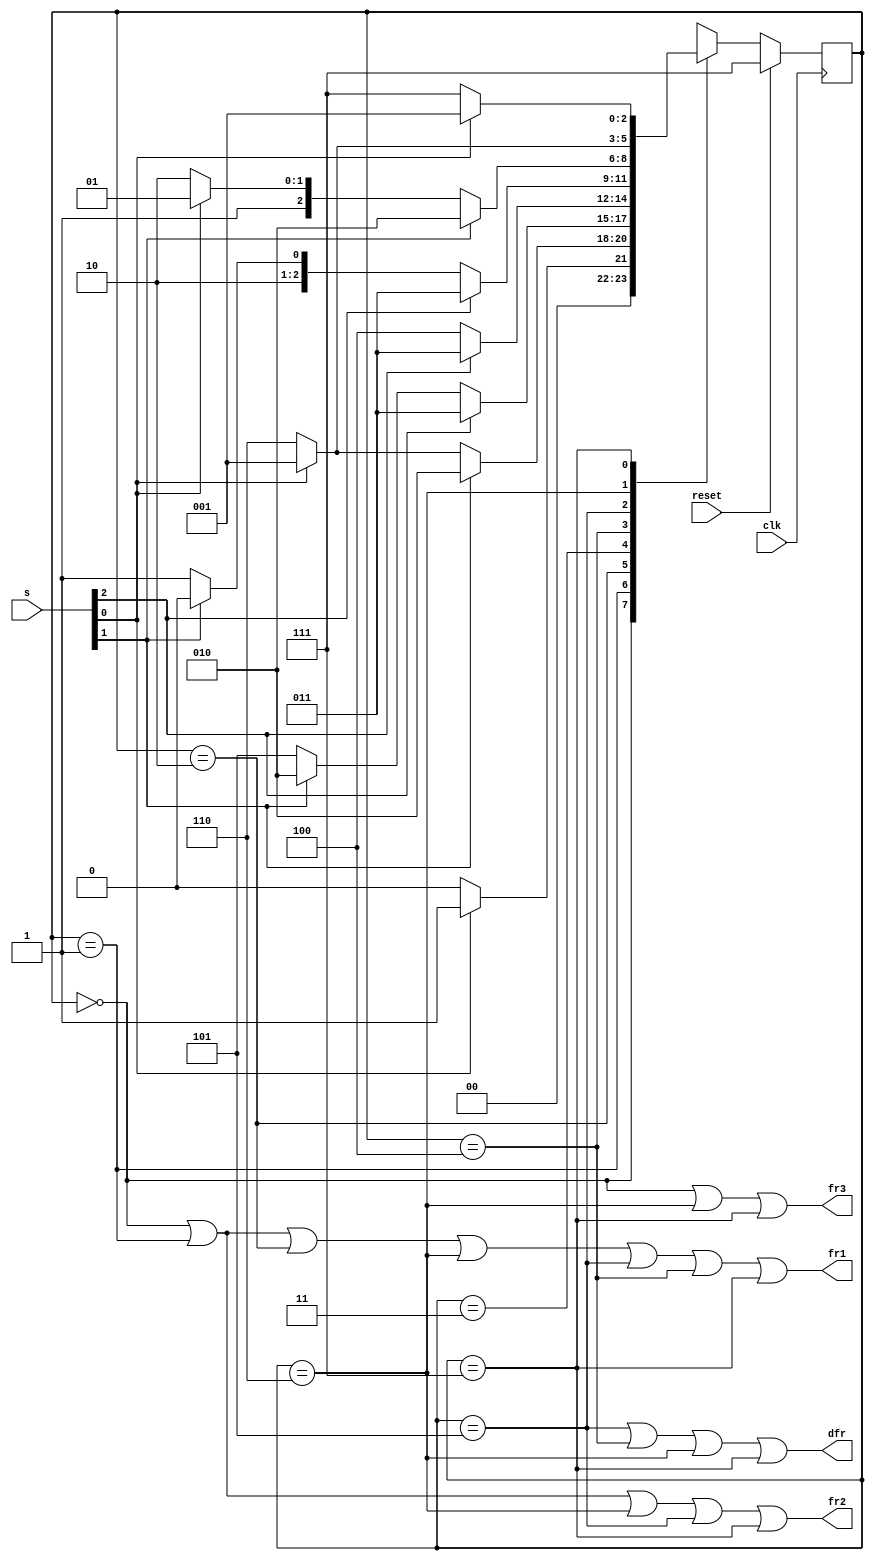
module top_module (
    input clk,
    input reset,
    input [3:1] s,
    output fr3,
    output fr2,
    output fr1,
    output dfr
); 
    
    parameter BL1 = 3'd0;
    parameter BTW12 = 3'd1;
    parameter BTW23 = 3'd2;
    parameter ABV3 = 2'd3;
    parameter BTW23_DOWN = 3'd4;
    parameter BTW12_DOWN = 3'd5;
    parameter BL1_DOWN = 3'd6;
    parameter IDLE_STS = 3'd7;
    
    
    reg [2:0] state, next_state;
    
    always @(*) begin
        case (state)
            BL1: next_state = s[1]? BTW12 : BL1;

            BTW12: begin
                if (s[2])
                    next_state = BTW23;
                else if (~s[1])
                    next_state = BL1_DOWN;
                else
                    next_state = BTW12;
            end

            BTW23: begin
                if (s[3])
                    next_state = ABV3;
                else if (~s[2])
                    next_state = BTW12_DOWN;
                else
                    next_state = BTW23;
            end

            ABV3: next_state = ~s[3]? BTW23_DOWN : ABV3;

            BTW23_DOWN: begin
                if(s[3])
                    next_state = ABV3;
                else if (~s[2])
                    next_state = BTW12_DOWN;
                else
                    next_state = BTW23_DOWN;
            end

            BTW12_DOWN: begin
                if(s[2])
                    next_state = BTW23;
                else if (~s[1])
                    next_state = BL1_DOWN;
                else
                    next_state = BTW12_DOWN;
            end
            BL1_DOWN: next_state = s[1]? BTW12 : BL1_DOWN;
            IDLE_STS: next_state = s[1]? BTW12 : IDLE_STS;
            default: next_state = IDLE_STS;
        endcase
    end
    
    always @(posedge clk) begin
        if (reset) begin
            state <= IDLE_STS;
        end
        else begin
            state <= next_state;
        end
    end
    
    assign fr1 = (state == BL1) | (state == BTW12) | (state == BTW23) | (state == BL1_DOWN) | (state == BTW12_DOWN) | (state == BTW23_DOWN) | (state == IDLE_STS);
    assign fr2 = (state == BL1) | (state == BTW12) | (state == BL1_DOWN) | (state == BTW12_DOWN) | (state == IDLE_STS);
    assign fr3 = (state == BL1) | (state == BL1_DOWN) | (state == IDLE_STS);
    assign dfr = (state == BTW12_DOWN) | (state == BTW23_DOWN) | (state == BL1_DOWN) | (state == IDLE_STS);
            
endmodule